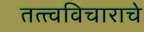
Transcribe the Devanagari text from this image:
तत्त्वविचाराचे